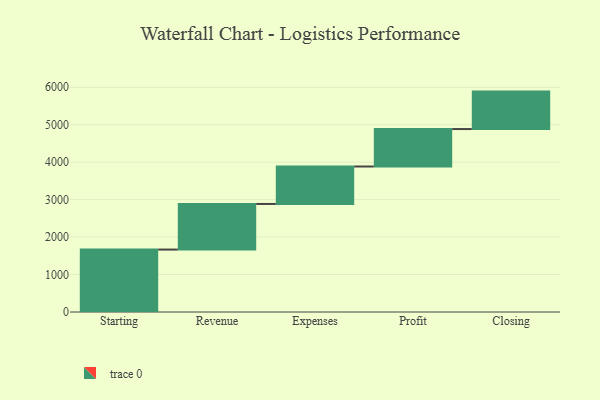
{"axis": {"x": "Step", "y": "Value"}, "legend": [""], "data": [{"x": "Starting", "y": 1667.0, "type": ""}, {"x": "Revenue", "y": 1218.0, "type": ""}, {"x": "Expenses", "y": 1000, "type": ""}, {"x": "Profit", "y": 1000, "type": ""}, {"x": "Closing", "y": 1000, "type": ""}]}